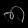
Digit: ၈